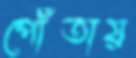
পোঁতায়